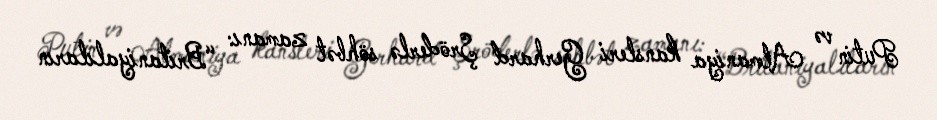
Putin və Almaniya kansleri Gerhard Şröderlə söhbət zamanı: “Britaniyalıların